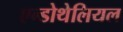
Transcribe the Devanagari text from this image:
एन्डोथेलियल